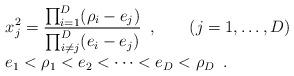
LaTeX: \begin{align*}\begin{array}{l} \displaystyle x_j^2=\frac{\prod_{i=1}^D(\rho_i-e_j)} {\prod_{i\not=j}^D(e_i-e_j)}\enspace,\qquad(j=1,\dots,D) \\ \displaystyle e_1<\rho_1<e_2<\dots<e_D<\rho_D\enspace.\end{array}\end{align*}